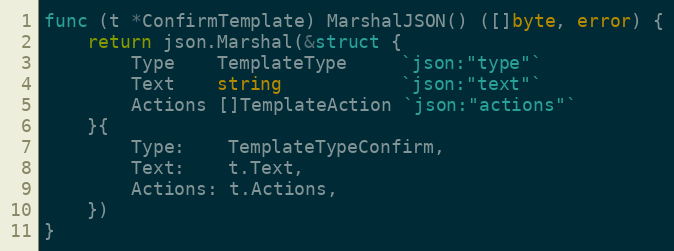
Language: Go
func (t *ConfirmTemplate) MarshalJSON() ([]byte, error) {
	return json.Marshal(&struct {
		Type    TemplateType     `json:"type"`
		Text    string           `json:"text"`
		Actions []TemplateAction `json:"actions"`
	}{
		Type:    TemplateTypeConfirm,
		Text:    t.Text,
		Actions: t.Actions,
	})
}